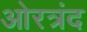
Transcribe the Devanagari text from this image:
ओरत्रंद